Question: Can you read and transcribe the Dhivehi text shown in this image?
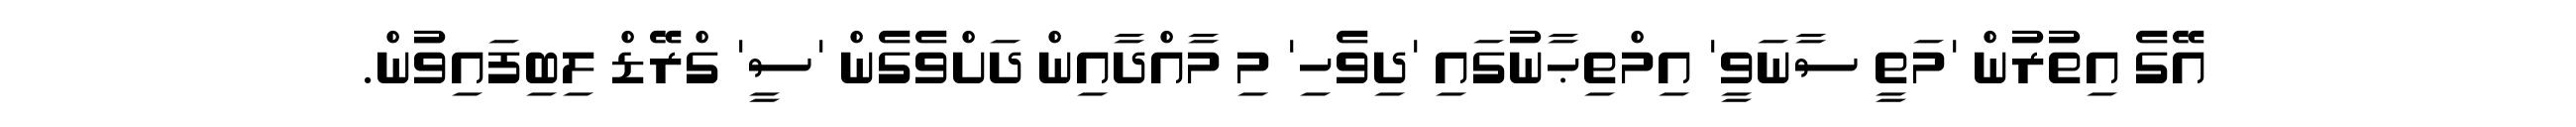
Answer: އޭގެ އިތުރުން 'މަތީ ސާނަވީ' އިމްތިޙާނުގައި 'ދިވެހި' މި މާއްދާއިން ދަށްވެގެން 'ސީ' ގްރޭޑް ލިބިފައިވުން.